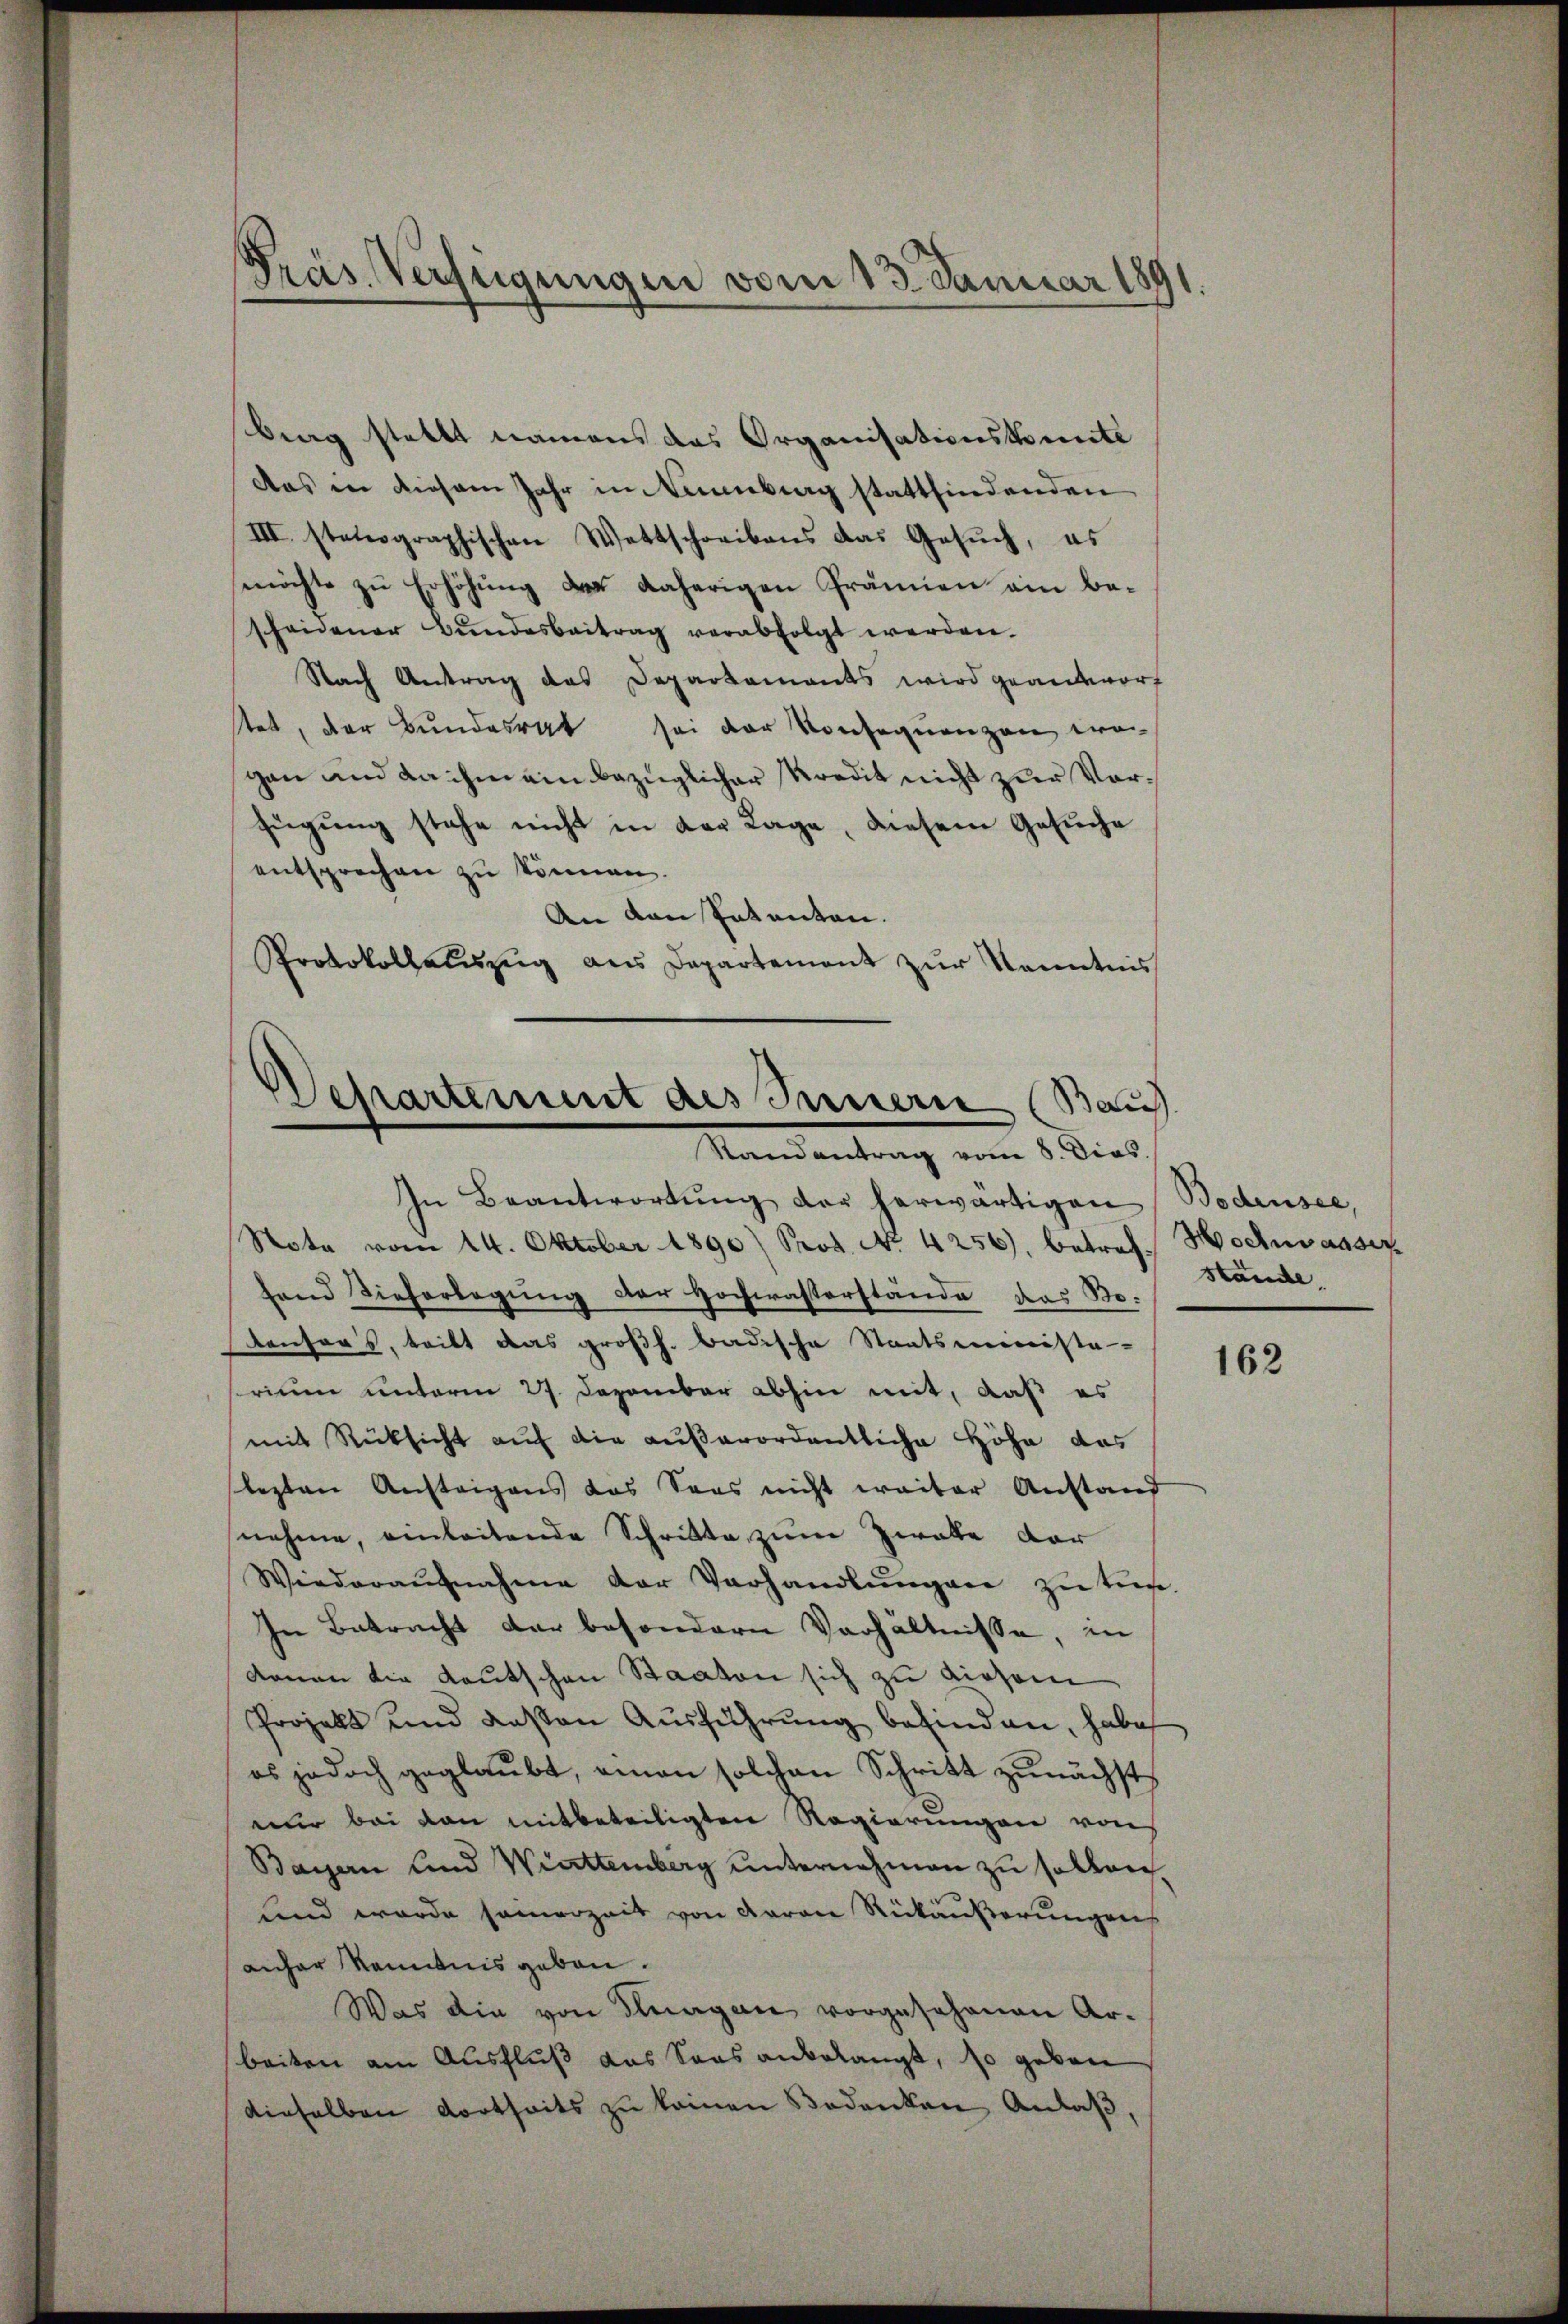
Präs. Verfügungen vom 13. Januar 1891

Berg stellt namens das Organisationskomite
Das in diesem Jahr in Neuenburg stattfindenden
III. stenographischen Wettschreibens das Gesŭch, es
möchte zu Erhöhung der daherigen Prämien ein bescheidener Bŭndesbeitrag verabfolgt werden.
Nach Antrag des Departements wird geantworf
tet, der Bundesrat sei der Konsequenzen wo
gan und da ihm ein bezüglicher Kredit nicht zur Vorzügung stehe nicht in der Lage, diesem Gesuche
entsprechen zu können.
An den Patenten.
Protokollatŭszŭg aŭs Departement zŭr Kenntnis
Departement des Innern (Bauh

Randantrag vom 8. Dies

In Beantwortŭng der herwärtigen Bodensee,
Note vom 14. Oktober 1890 Prof. No. 4256), betref Hochwasser
hand Tieferlegung der Hochwasserstände das Boteufers, tritt das großh. Badische Staatsminista
srium unterm 27. Dezember abhin mit, daß es
mit Rücksicht auf die außerordentliche Höhe das
lezten Austrigens das Saas nicht weiter Anstand
nehme, einleitende Schritte zum Zwalte der
Wiederaŭfnahme der Verhandlŭngen zŭ tit.
In Betracht der besondern Verhältnisse, in
denen die Kautschen Staaten sich zu diesem
Projekt und deßen Ausführung befinden, habe
es jedoch geglaubt, einen solchen Schritt zunächst
nur bei von mitbeteiligten Regierungen von
Bayern und Wirttemberg unternehmen zu sollen.
und wurde seinerzeit von daran Rückäußerungens
anher kenntnis geben.
Was die von Hungen vorgesehenen Ar-
beiten am Ausfluß das Saas anbelangt, so gebore
dieselben dortseits zu keinen Bedenken Anlaß,

Stände

162